Leprosy in India: report of the Leprosy Commission in India, 1890-91
Year: 1890
Disease focus: Leprosy
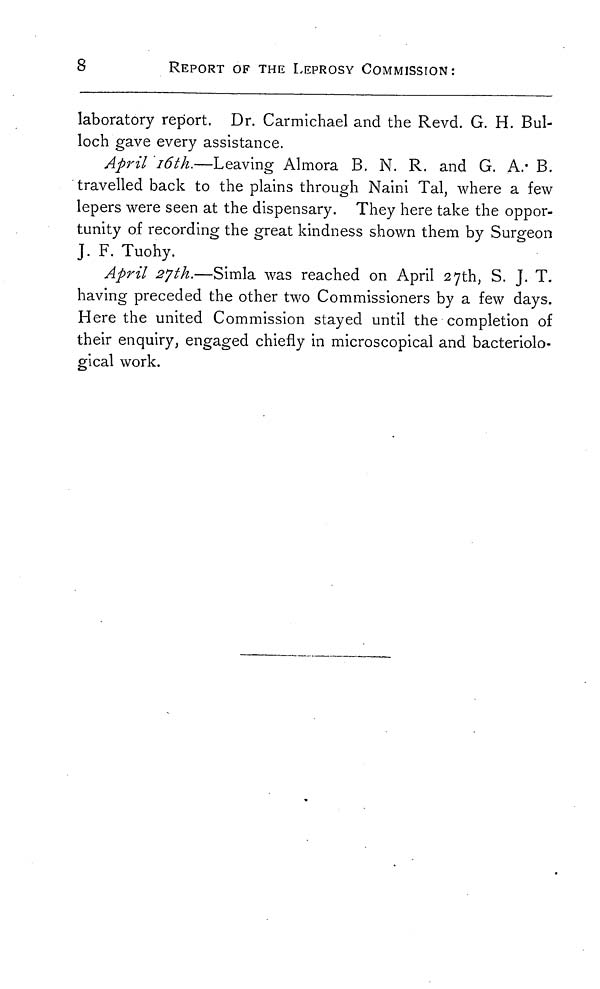
8
REPORT OF THE LEPROSY COMMISSION:
laboratory report. Dr. Carmichael and the Revd. G. H. Bul-
loch gave every assistance.
April 16th.—Leaving Almora B. N. R. and G. A. B.
travelled back to the plains through Naini Tal, where a few
lepers were seen at the dispensary. They here take the oppor-
tunity of recording the great kindness shown them by Surgeon
J. F. Tuohy.
April 27th.—Simla was reached on April 27th, S. J. T.
having preceded the other two Commissioners by a few days.
Here the united Commission stayed until the completion of
their enquiry, engaged chiefly in microscopical and bacteriolo-
gical work.